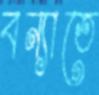
বন্যাতে